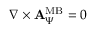
\begin{array} { r } { \nabla \times { \bf A } _ { \Psi } ^ { \mathrm { M B } } = 0 } \end{array}